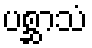
ပစ္ဆာသံ